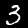
Digit: 3